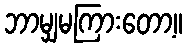
ဘာမျှမကြားတော့။